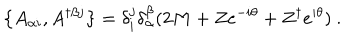
\left\{ A _ { \alpha i } , A ^ { \dagger \beta j } \right\} = \delta _ { i } ^ { j } \delta _ { \alpha } ^ { \beta } ( 2 M + Z e ^ { - i \theta } + Z ^ { \dagger } e ^ { i \theta } ) \ .